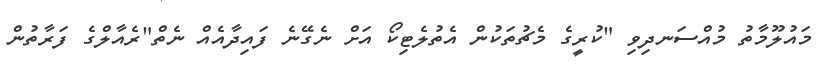
މައުލޫމާތު މުއްސަނދިވި "ކުރީގެ މެޗުތަކުން އެތުލެޓިކޯ އަށް ނެގޭނެ ފައިދާއެއް ނެތް"ރެއާލްގެ ފަރާތުން